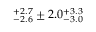
^ { + 2 . 7 } _ { - 2 . 6 } \pm 2 . 0 _ { - 3 . 0 } ^ { + 3 . 3 }